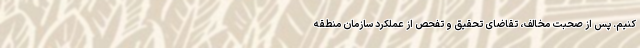
کنیم. پس از صحبت مخالف، تقاضای تحقیق و تفحص از عملکرد سازمان منطقه